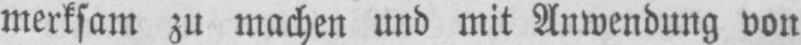
merksam zu machen und mit Anwendung von